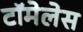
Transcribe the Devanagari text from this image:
टॉमेलेस